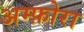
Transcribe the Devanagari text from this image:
अम्फ़ोरा